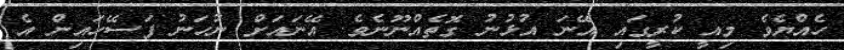
ހެއްޔެވެ މިއީ ކުރީގައި އޭނަ އުޅުނު ގޮތެއްނޫނެވެ. އޭނައަށް ނުހަނު ފަސޭހައިން އެ